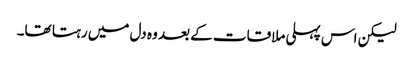
لیکن اس پہلی ملاقات کے بعد وہ دل میں رہتا تھا۔